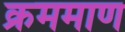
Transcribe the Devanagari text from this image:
क्रममाण